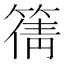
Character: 篟